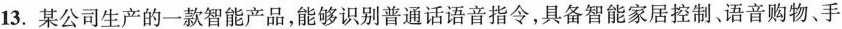
13.某公司生产的一款智能产品，能够识别普通话语音指令，具备智能家居控制、语音购物、手